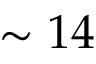
\sim 1 4